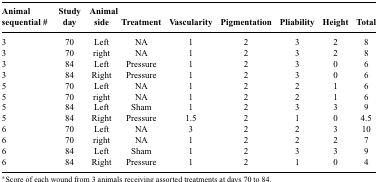
<table><thead><tr><td><b>Animal sequential #</b></td><td><b>Study day</b></td><td><b>Animal side</b></td><td><b>Treatment</b></td><td><b>Vascularity</b></td><td><b>Pigmentation</b></td><td><b>Pliability</b></td><td><b>Height</b></td><td><b>Total</b></td></tr></thead><tbody><tr><td>3</td><td>70</td><td>Left</td><td>NA</td><td>1</td><td>2</td><td>3</td><td>2</td><td>8</td></tr><tr><td>3</td><td>70</td><td>right</td><td>NA</td><td>1</td><td>2</td><td>3</td><td>2</td><td>8</td></tr><tr><td>3</td><td>84</td><td>Left</td><td>Pressure</td><td>1</td><td>2</td><td>3</td><td>0</td><td>6</td></tr><tr><td>3</td><td>84</td><td>Right</td><td>Pressure</td><td>1</td><td>2</td><td>3</td><td>0</td><td>6</td></tr><tr><td>5</td><td>70</td><td>Left</td><td>NA</td><td>1</td><td>2</td><td>2</td><td>1</td><td>6</td></tr><tr><td>5</td><td>70</td><td>right</td><td>NA</td><td>1</td><td>2</td><td>2</td><td>1</td><td>6</td></tr><tr><td>5</td><td>84</td><td>Left</td><td>Sham</td><td>1</td><td>2</td><td>3</td><td>3</td><td>9</td></tr><tr><td>5</td><td>84</td><td>Right</td><td>Pressure</td><td>1.5</td><td>2</td><td>1</td><td>0</td><td>4.5</td></tr><tr><td>6</td><td>70</td><td>Left</td><td>NA</td><td>3</td><td>2</td><td>2</td><td>3</td><td>10</td></tr><tr><td>6</td><td>70</td><td>right</td><td>NA</td><td>1</td><td>2</td><td>2</td><td>2</td><td>7</td></tr><tr><td>6</td><td>84</td><td>Left</td><td>Sham</td><td>1</td><td>2</td><td>3</td><td>3</td><td>9</td></tr><tr><td>6</td><td>84</td><td>Right</td><td>Pressure</td><td>1</td><td>2</td><td>1</td><td>0</td><td>4</td></tr></tbody></table>